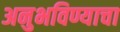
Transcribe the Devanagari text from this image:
अनुभविण्याचा